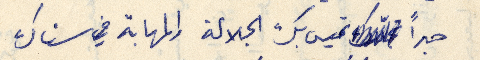
حبراً تميس بك الجلالة والمهابة في سناك